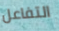
التفاعل